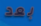
بعد